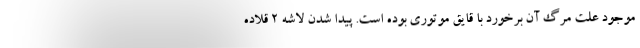
موجود علت مرگ آن برخورد با قایق موتوری بوده است. پیدا شدن لاشه ۲ قلاده